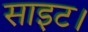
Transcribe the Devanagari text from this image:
साइट।